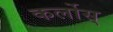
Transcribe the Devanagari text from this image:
कर्लोस्